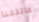
عائلتنا